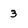
Character: 3